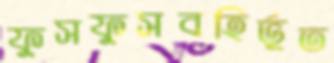
ফুসফুসবহির্ভূত